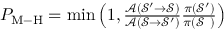
\begin{array} { r } { P _ { \mathrm { M \mathrm { - } H } } = \operatorname* { m i n } \left( 1 , \frac { \mathcal { A } ( \mathcal { S } ^ { \prime } \rightarrow \mathcal { S } ) } { \mathcal { A } ( \mathcal { S } \rightarrow \mathcal { S } ^ { \prime } ) } \frac { \pi ( \mathcal { S } ^ { \prime } ) } { \pi ( \mathcal { S } ~ ) } \right) } \end{array}